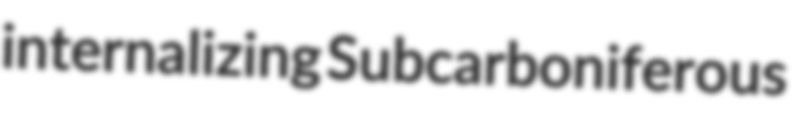
internalizing Subcarboniferous